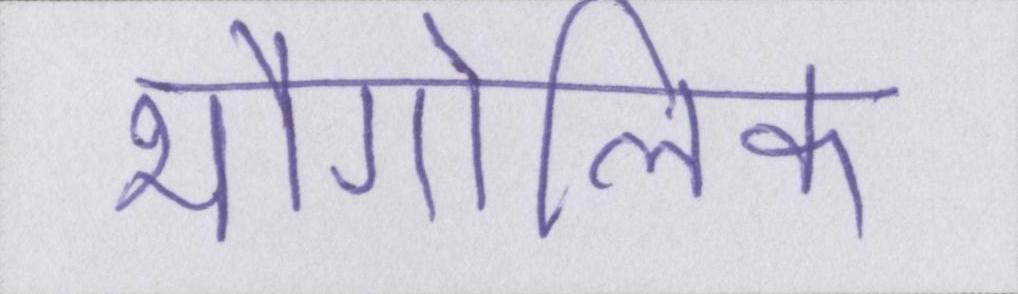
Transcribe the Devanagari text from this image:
भौगोलिक